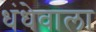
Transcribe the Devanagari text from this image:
धंधेवाला